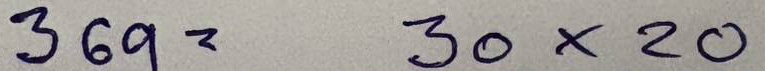
369 = 30 x 20